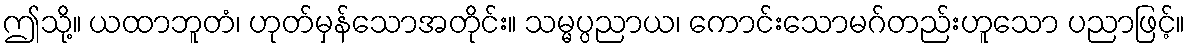
ဤသို့။ ယထာဘူတံ၊ ဟုတ်မှန်သောအတိုင်း။ သမ္မပ္ပညာယ၊ ကောင်းသောမဂ်တည်းဟူသော ပညာဖြင့်။